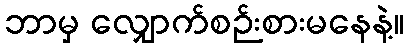
ဘာမှ လျှောက်စဉ်းစားမနေနဲ့။